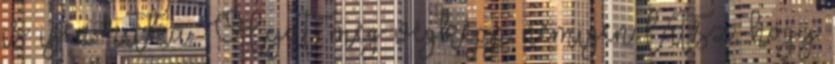
is igen ritka. Olyat meg végképp nemigen látsz, hogy